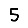
Digit: 5